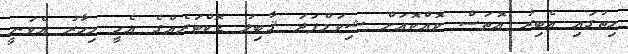
ހިތުގައި އެބިރު އޮތަސް ކޮއްކޮއަށް ޝިވަމްފަދަ ޤާބިލު ޑޮކްޓަރެއްގެ އެހީ މިހާރު އެވަނީ